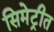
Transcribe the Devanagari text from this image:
सिमेट्रीत